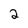
Character: 2